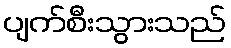
ပျက်စီးသွားသည်